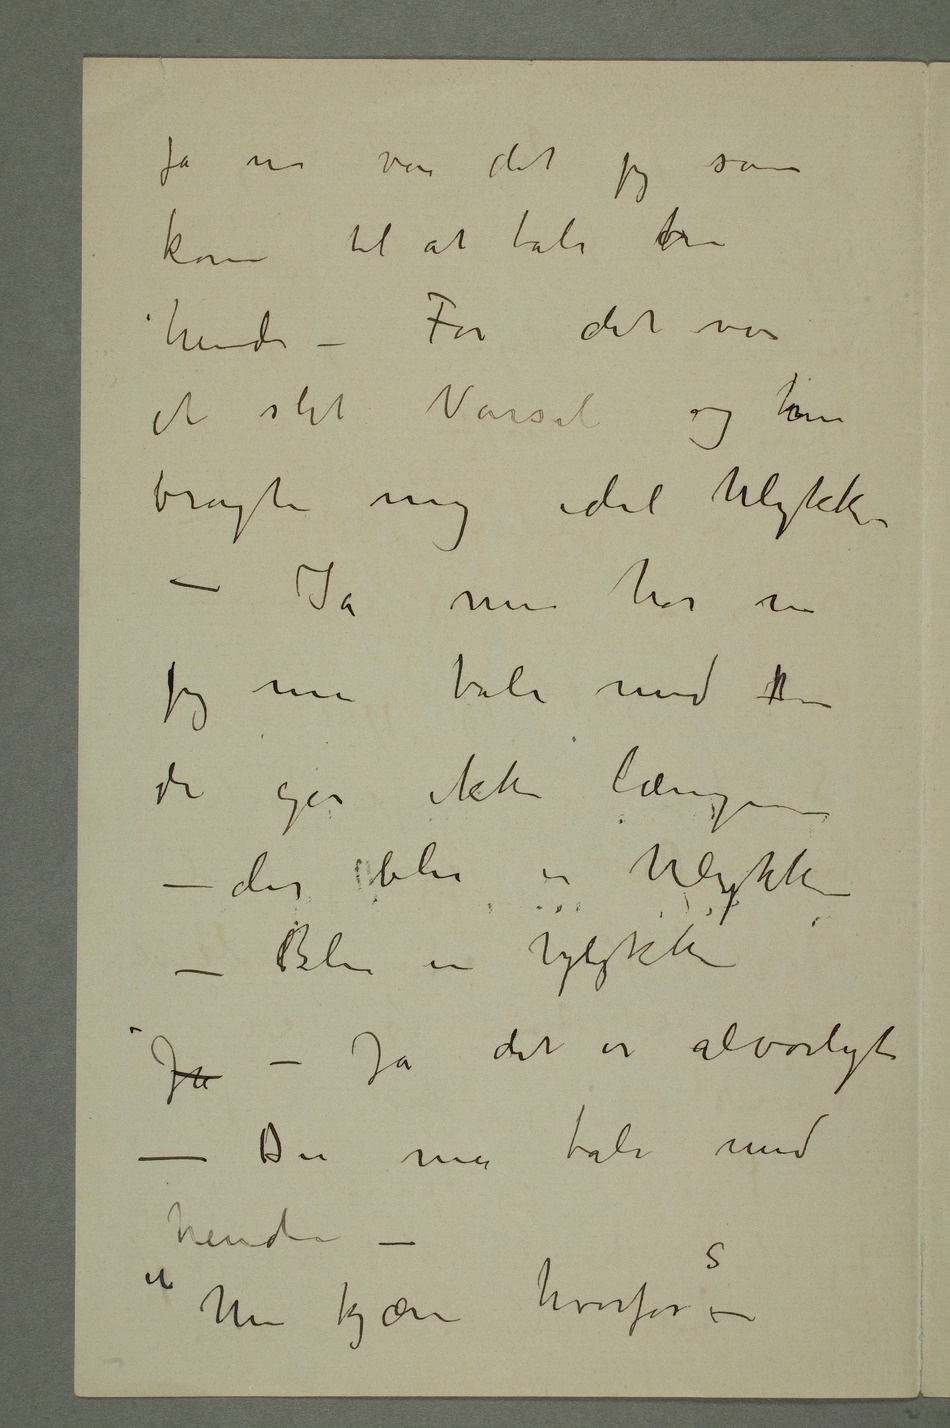
Ja nu var det jeg som
kom til at tale hom
hende – For det var
et slet Varsel og hun
bragte mig idel Ulykke –
Jeg må tale med
de går ikke længer –
der blir en Ulykke –
Blir en Ylykke
Ja – Ja det er alvorligt –
Du må tale med
hende –
«Men kjære hvorfor?